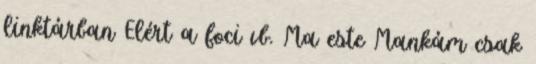
linktárban Elért a foci vb. Ma este Mankám csak